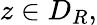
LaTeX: z\in D_{R},